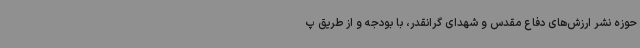
حوزه نشر ارزش‌های دفاع مقدس و شهدای گرانقدر، با بودجه و از طریق پ